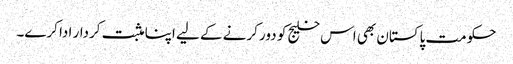
حکومت پاکستان بھی اس خلیج کو دور کرنے کے لیے اپنا مثبت کردار ادا کرے۔